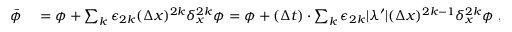
\begin{array} { r l } { \bar { \phi } } & { { } = \phi + \sum _ { k } \epsilon _ { 2 k } ( \Delta x ) ^ { 2 k } \delta _ { x } ^ { 2 k } \phi = \phi + ( \Delta t ) \cdot \sum _ { k } \epsilon _ { 2 k } \lvert \lambda ^ { \prime } \rvert ( \Delta x ) ^ { 2 k - 1 } \delta _ { x } ^ { 2 k } \phi \ , } \end{array}